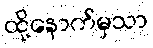
ထို့နောက်မှသာ